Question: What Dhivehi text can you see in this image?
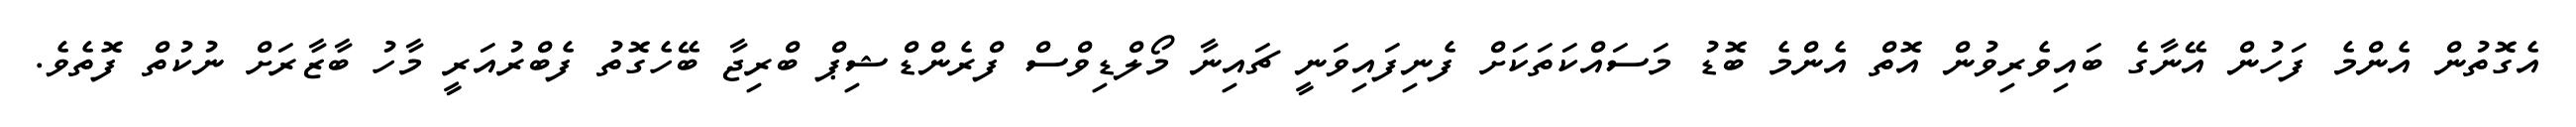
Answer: އެގޮތުން އެންމެ ފަހުން އޭނާގެ ބައިވެރިވުން އޮތް އެންމެ ބޮޑު މަސައްކަތަކަށް ފެނިފައިވަނީ ޗައިނާ މޯލްޑިވްސް ފްރެންޑްޝިޕް ބްރިޖާ ބޭހެގޮތު ފެބްރުއަރީ މާހު ބާޒާރަށް ނުކުތް ފޮތެވެ.